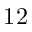
1 2